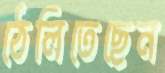
ঠেলিতেছেন